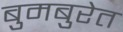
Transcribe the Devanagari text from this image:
बुमबुरेत